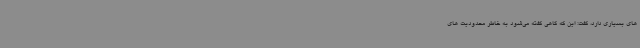
های بسیاری دارد، گفت: این که گاهی گفته می‌شود به خاطر محدودیت های